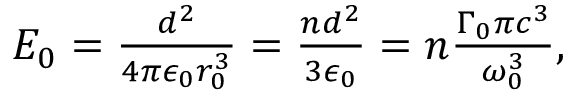
\begin{array} { r } { E _ { 0 } = \frac { d ^ { 2 } } { 4 \pi \epsilon _ { 0 } r _ { 0 } ^ { 3 } } = \frac { n d ^ { 2 } } { 3 \epsilon _ { 0 } } = n \frac { \Gamma _ { 0 } \pi c ^ { 3 } } { \omega _ { 0 } ^ { 3 } } , } \end{array}